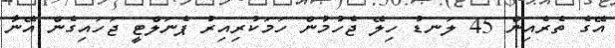
އޭގެ ތެރެއިން 45 ލަނޑު ހިލޭ ޖެހުމުން ހަމަކުރިއިރު ޕެނަލްޓީ ޖަހައިގެން އޭނާ